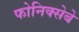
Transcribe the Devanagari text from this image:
फोनिक्सेबे